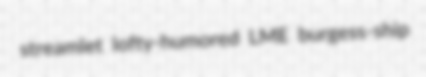
streamlet lofty-humored LME burgess-ship